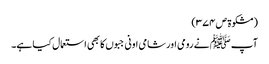
(مشکوۃ ص ۳۷۴)
آپ ﷺ نے رومی اور شامی اونی جبوں کا بھی استعمال کیا ہے۔